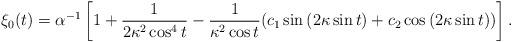
LaTeX: \begin{align*}\xi_{0}(t)= \alpha^{-1}\left[ 1+\frac{1}{2\kappa^{2}\cos^{4}{t}} -\frac{1}{\kappa^{2}\cos{t}}(c_{1}\sin{(2\kappa\sin{t})} +c_{2}\cos{(2\kappa\sin{t})})\right].\end{align*}